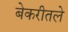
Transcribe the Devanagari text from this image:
बेकरीतले